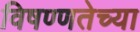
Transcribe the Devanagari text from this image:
विषण्णतेच्या